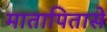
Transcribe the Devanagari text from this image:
मातापितासे